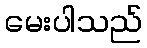
မေးပါသည်